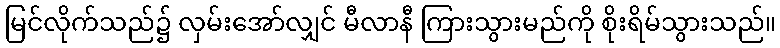
မြင်လိုက်သည်၌ လှမ်းအော်လျှင် မီလာနီ ကြားသွားမည်ကို စိုးရိမ်သွားသည်။